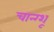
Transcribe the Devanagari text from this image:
चान्ग्शू